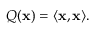
Q ( \mathbf { x } ) = \langle \mathbf { x } , \mathbf { x } \rangle .